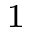
^ 1